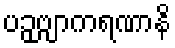
ပဉှဗျာကရဏာနိ